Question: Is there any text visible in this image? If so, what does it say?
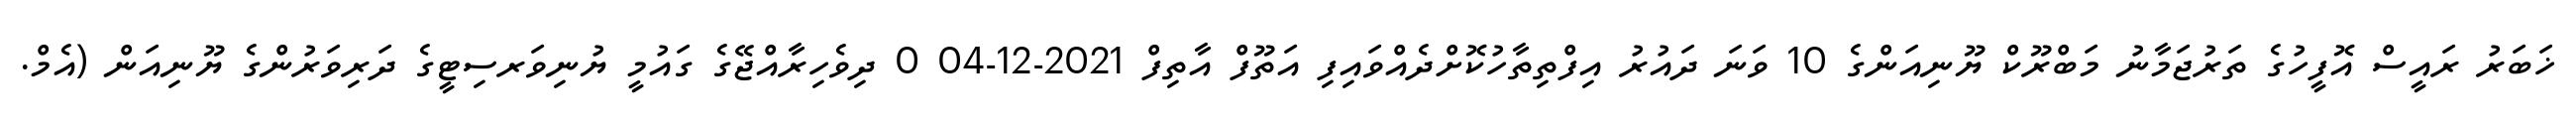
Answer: ޚަބަރު ރައީސް އޮފީހުގެ ތަރުޖަމާނު މަބްރޫކް ޔޫނިއަންގެ 10 ވަނަ ދައުރު އިފްތިތާހުކޮށްދެއްވައިފި އަތޫފް އާތިފް 2021-12-04 0 ދިވެހިރާއްޖޭގެ ގައުމީ ޔުނިވަރސިޓީގެ ދަރިވަރުންގެ ޔޫނިއަން (އެމް.